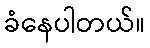
ခံနေပါတယ်။